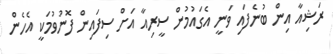
ރަޝިއާ އިން ބުނެފައި ވަނީ އެގައުމުން ސީރިއާ އަށް ސިފައިން ފޮނުވުމަކީ އެހެން